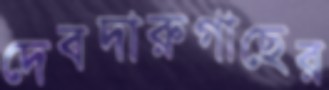
দেবদারুগাছের